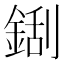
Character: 𮢏